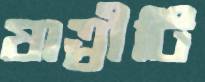
যাত্রীটি